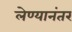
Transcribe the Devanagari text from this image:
लेण्यानंतर